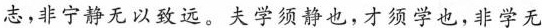
志，非宁静无以致远。夫学须静也，才须学也，非学无